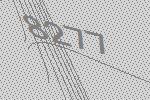
8277